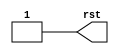
//Verilog HDL for "PLL", "testbench" "functional"

`timescale 1ns/10ps
module testbench (rst);
output rst;
reg rst;
initial begin
	rst = 1'b0;
	#1 rst = 1'b1;
end
endmodule